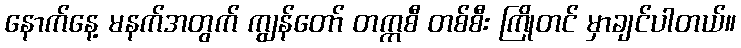
နောက်နေ့ မနက်အတွက် ကျွန်တော် တက္ကစီ တစ်စီး ကြိုတင် မှာချင်ပါတယ်။